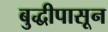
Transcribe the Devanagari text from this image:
बुद्धीपासून